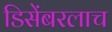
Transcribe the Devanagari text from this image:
डिसेंबरलाच